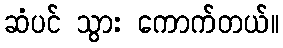
ဆံပင် သွား ကောက်တယ်။